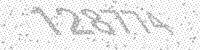
Solution: 128774